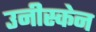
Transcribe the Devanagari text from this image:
उनीस्केन